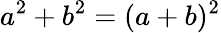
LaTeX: a^{2}+b^{2}=(a+b)^{2}